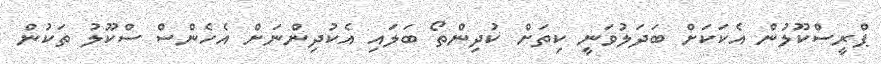
ޕްރީސްކޫލުން އެކަކަށް ބަދަލުވަނީ ކިތަށް ކުދިންތޯ ބަލައި އެކުދިންނަށް އެހެންސް ސްކޫލު ތަކުން